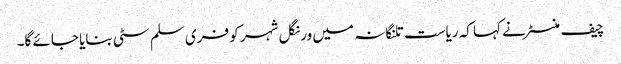
چیف منسٹر نے کہا کہ ریاست تلنگانہ میں ورنگل شہر کو فری سلم سٹی بنایا جائے گا۔